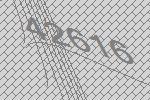
42616